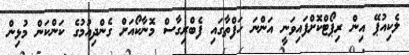
ލެކިއުޕޭ އިން ރިޕޯޓްކޮށްފައިވަނީ އަންނަ ހަފްތާގައި ފެބްރިގާސް މޮނާކޯއަށް ގެންދިއުމުގެ ކަންކަން މުޅިން